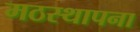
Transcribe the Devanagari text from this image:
मठस्थापना